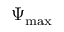
\Psi _ { \mathrm { m a x } }